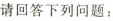
请回答下列问题：